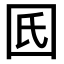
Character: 𡆿